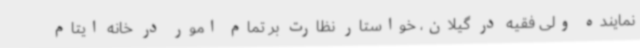
نماینده ولی فقیه در گیلان، خواستار نظارت بر تمام امور در خانه ایتام